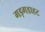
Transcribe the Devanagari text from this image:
गड़गडाहट